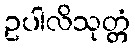
ဥပါလိသုတ္တံ